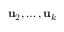
\mathbf { u } _ { 2 } , \ldots , \mathbf { u } _ { k }